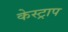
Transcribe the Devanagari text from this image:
केस्ट्राप